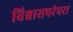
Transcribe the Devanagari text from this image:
विश्वासपरंपरा